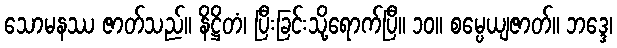
သောမနဿ ဇာတ်သည်။ နိဋ္ဌိတံ၊ ပြီးခြင်းသို့ရောက်ပြီ။ ၁၀။ စမ္ပေယျဇာတ်။ ဘဒ္ဒေ၊